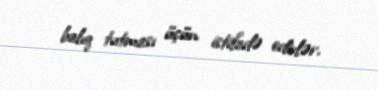
balıq tutması üçün istifadə edirlər.